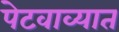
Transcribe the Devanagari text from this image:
पेटवाव्यात